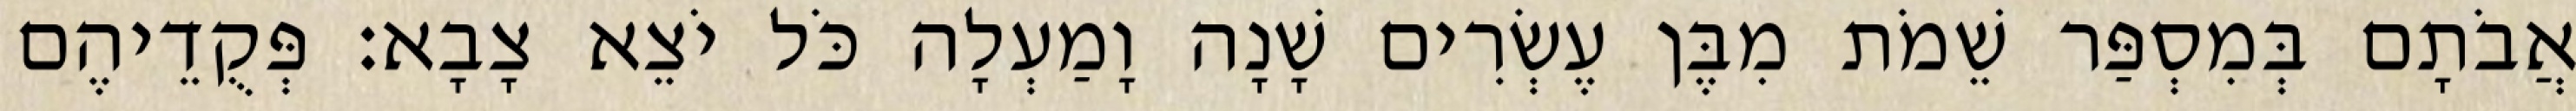
אֲבֹתָם בְּמִסְפַּר שֵׁמֹת מִבֶּן עֶשְׂרִים שָׁנָה וָמַעְלָה כֹּל יֹצֵא צָבָא׃ פְּקֻדֵיהֶם